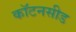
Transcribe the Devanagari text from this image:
कॉटनसीड